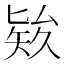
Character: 𥏑